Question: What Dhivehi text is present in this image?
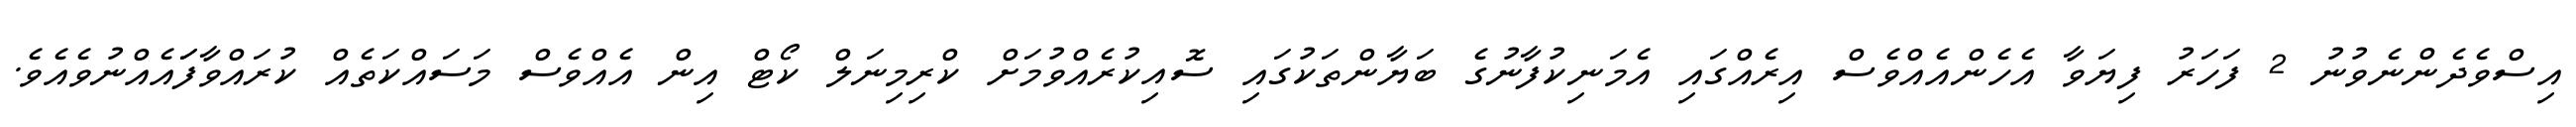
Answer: އިސްވެދެންނެވުނު 2 ފަހަރު ފިޔަވާ އެހެންއެއްވެސް އިރެއްގައި އެމަނިކުފާނުގެ ބަޔާންތަކުގައި ސޮއިކުރެއްވުމަށް ކްރިމިނަލް ކޯޓް އިން އެއްވެސް މަސައްކަތެއް ކުރައްވާފަައެއްނުވެއެވެ.